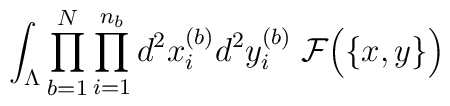
\int_{\Lambda} \prod_{b=1}^N \prod_{i=1}^{n_b}d^2x_{i}^{(b)} d^2y_{i}^{(b)}  \;{\cal F}\Big( \{ x, y \} \Big)